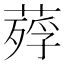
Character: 𦹡